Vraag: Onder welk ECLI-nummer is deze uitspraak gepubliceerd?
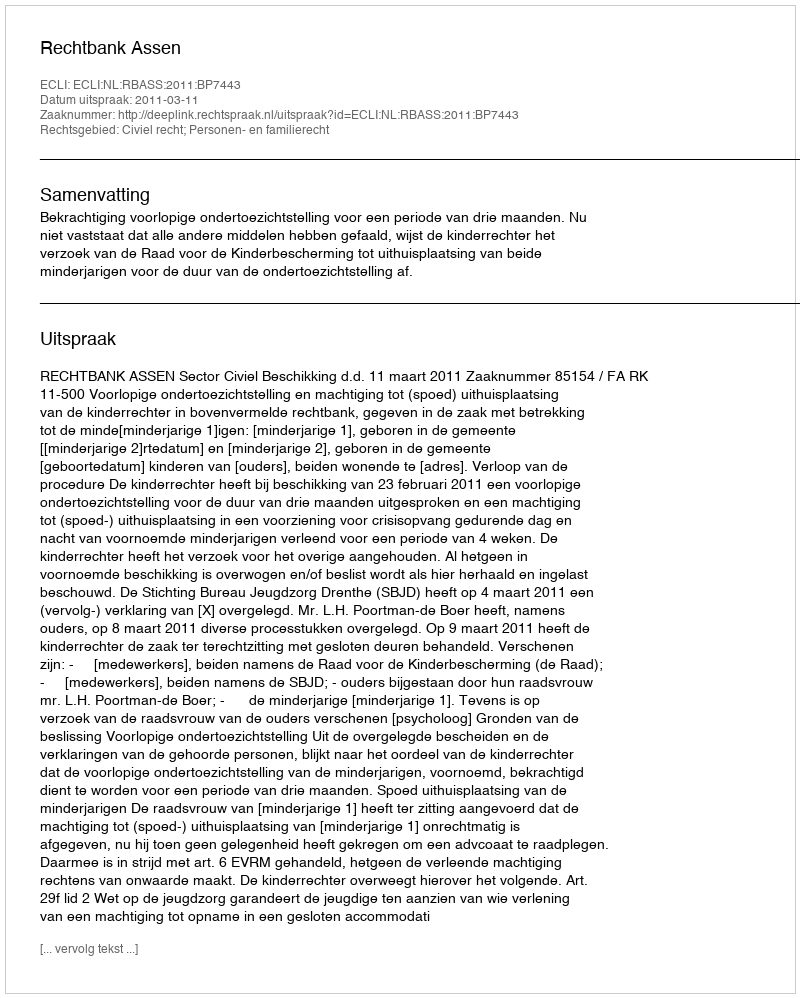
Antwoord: ECLI:NL:RBASS:2011:BP7443